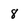
Character: 8